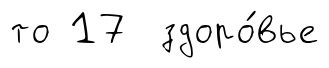
то 17 здоро́вье